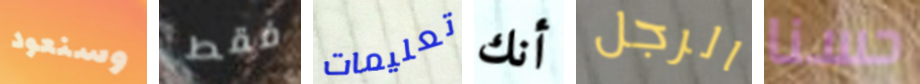
وسنعود فقط تعليمات أنك الرجل حسنا